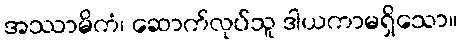
အဿာမိကံ၊ ဆောက်လုပ်သူ ဒါယကာမရှိသော။